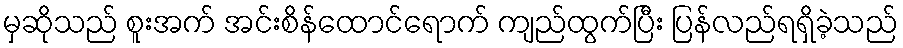
မှဆိုသည် စူးအက် အင်းစိန်ထောင်ရောက် ကျည်ထွက်ပြီး ပြန်လည်ရရှိခဲ့သည်